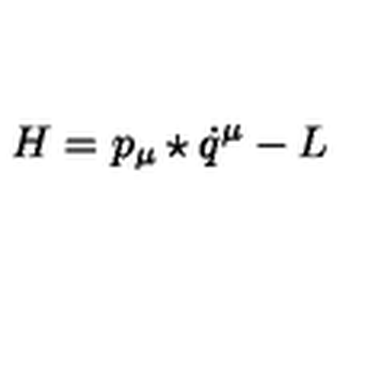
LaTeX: H = p _ { \mu } \star \dot { q } ^ { \mu } - L